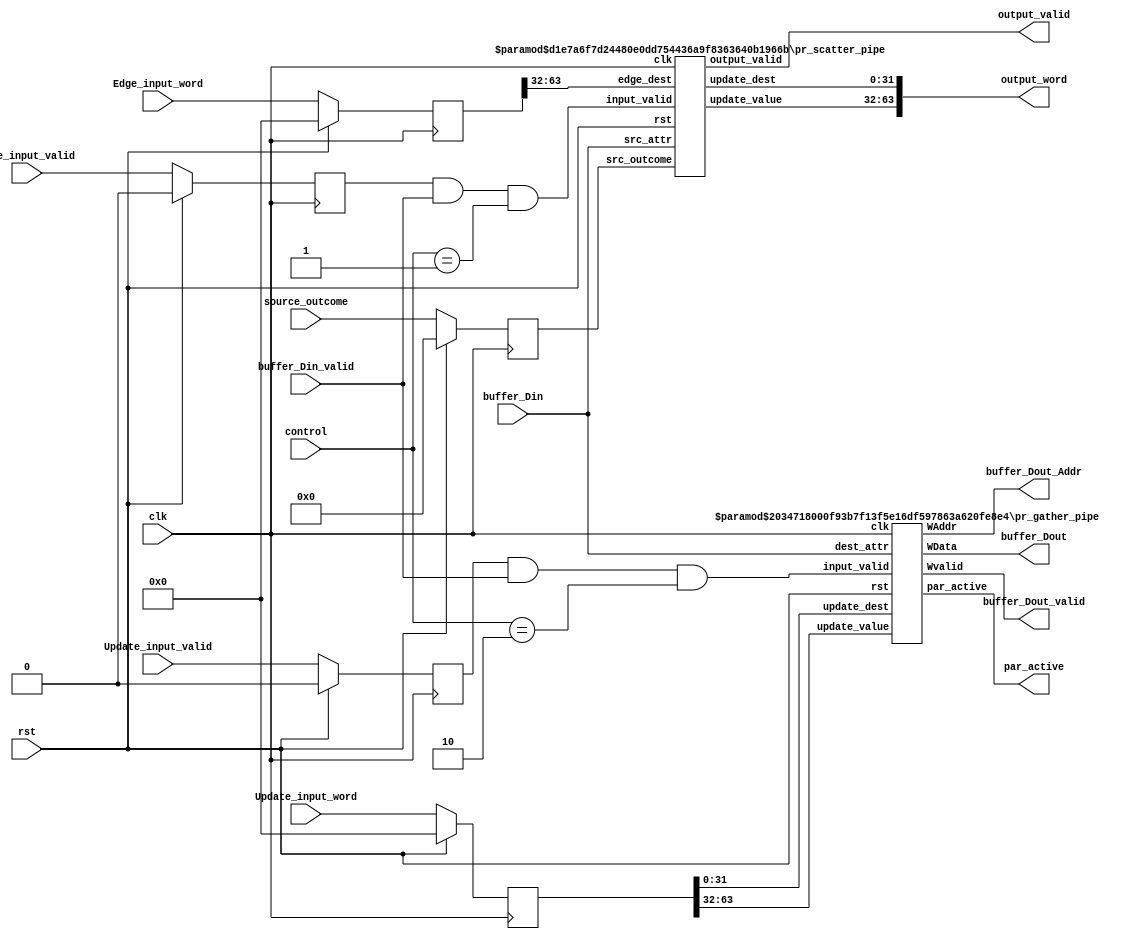
`timescale 1ns / 1ps
//////////////////////////////////////////////////////////////////////////////////
// Company: 
// Engineer: 
// 
// Design Name: 
// Module Name: PR_pipeline
// Project Name: 
// Target Devices: 
// Tool Versions: 
// Description: 
// 
// Dependencies: 
// 
// Revision:
// Revision 0.01 - File Created
// Additional Comments:
// 
//////////////////////////////////////////////////////////////////////////////////

module pr_PP # (
    parameter PIPE_DEPTH = 5,
    parameter URAM_DATA_W = 32,
    parameter PAR_SIZE_W = 10,
    parameter EDGE_W = 64
)(
    input wire                      clk,
    input wire                      rst,     
    input wire [1:0]                control,

    input wire [URAM_DATA_W-1:0]    buffer_Din,
    input wire                      buffer_Din_valid, 
      
    input wire [64-1:0]             Update_input_word,
    input wire [0:0]                Update_input_valid,
     
    input wire [31:0]               source_outcome,
    input wire [EDGE_W-1:0]         Edge_input_word,
    input wire [0:0]                Edge_input_valid,
    
    output wire [URAM_DATA_W-1:0]   buffer_Dout,
    output wire [PAR_SIZE_W-1:0]    buffer_Dout_Addr,
    output wire                     buffer_Dout_valid, 
       
    output wire [63:0]              output_word,    
    output wire [0:0]               output_valid,
    output wire [0:0]               par_active  
);
    reg [31:0]  Vertex_source_outcome;
    reg [EDGE_W-1:0] Edge_input_word_reg;
    reg [0:0]  Edge_input_valid_reg; 
    
    reg [64-1:0] Update_input_word_reg;
    reg [0:0]  Update_input_valid_reg; 
    
     always @(posedge clk) begin
        if (rst) begin
            Edge_input_word_reg <= 0;
            Edge_input_valid_reg <= 0;
            Update_input_word_reg <= 0;
            Update_input_valid_reg <= 0;
            Vertex_source_outcome <= 0;
        end  else begin
            Edge_input_word_reg <= Edge_input_word;
            Edge_input_valid_reg <= Edge_input_valid;
            Update_input_word_reg <= Update_input_word;
            Update_input_valid_reg <= Update_input_valid;
            Vertex_source_outcome <= source_outcome;
        end
      end
       
    pr_scatter_pipe # (.PIPE_DEPTH (PIPE_DEPTH), .URAM_DATA_W(URAM_DATA_W))
    scatter_unit (
        .clk(clk),
        .rst(rst),
        .src_attr(buffer_Din),
        .edge_dest(Edge_input_word_reg[63:32]),
        .src_outcome(Vertex_source_outcome),
        .input_valid(Edge_input_valid_reg && buffer_Din_valid && control==1),    
        .update_value(output_word[63:32]),
        .update_dest(output_word[31:0]),    
        .output_valid(output_valid)
    );

    pr_gather_pipe # (.PIPE_DEPTH (PIPE_DEPTH), .PAR_SIZE_W(PAR_SIZE_W), .URAM_DATA_W(URAM_DATA_W))
    gather_unit (
        .clk(clk),
        .rst(rst),
        .update_value(Update_input_word_reg[63:32]),
        .update_dest(Update_input_word_reg[31:0]),
        .dest_attr(buffer_Din),
        .input_valid(Update_input_valid_reg && buffer_Din_valid && control==2),    
        .WData(buffer_Dout),
        .WAddr(buffer_Dout_Addr),    
        .Wvalid(buffer_Dout_valid),
        .par_active(par_active)
    );
    
endmodule

module pr_gather_pipe # (
    parameter PIPE_DEPTH = 3,
    parameter PAR_SIZE_W = 18,
    parameter URAM_DATA_W = 32
)(
    input wire                      clk,
    input wire                      rst,        
    input wire [31:0]               update_value,
    input wire [31:0]               update_dest,
    
    input wire [URAM_DATA_W-1:0]    dest_attr,
    input wire [0:0]                input_valid,
        
    output wire [URAM_DATA_W-1:0]   WData,
    output wire [PAR_SIZE_W-1:0]    WAddr,    
    output wire [0:0]               Wvalid,
    output wire [0:0]               par_active  
);

    reg [0:0] valid_reg [PIPE_DEPTH-1:0];
    reg [31:0] dest_reg [PIPE_DEPTH-1:0];    
    assign WAddr = dest_reg[PIPE_DEPTH-1][PAR_SIZE_W-1:0];
    assign par_active = 1'b1;
    assign Wvalid = valid_reg[PIPE_DEPTH-1];    
       	
    integer i;
    always @(posedge clk) begin
        if (rst) begin
            for(i=0; i<PIPE_DEPTH; i=i+1) begin
                dest_reg[i] <= 0;
				valid_reg [i]<= 0;
            end
        end	else begin
            for(i=1; i<PIPE_DEPTH; i=i+1) begin
               dest_reg[i] <= dest_reg[i-1];
			   valid_reg[i] <= valid_reg[i-1];
            end
            dest_reg [0] <=  update_dest;            
			valid_reg[0] <= input_valid;
        end
    end    
    
    /*fp_add adder(              
        .aclk(clk),
        .s_axis_a_tvalid(input_valid),        
        .s_axis_a_tdata(update_value),
        .s_axis_b_tvalid(input_valid),
        .s_axis_b_tdata(dest_attr[31:0]),
        .m_axis_result_tvalid (Wvalid),
        //.m_axis_result_tready(1'b1),      
        .m_axis_result_tdata(WData[31:0])              
    );*/
    add add(
	.clk(clk),
	.a(update_value),
	.b(dest_attr),
	.q(WData),
	.areset(rst),
	.en(input_valid)
	);
    
	
endmodule
module pr_scatter_pipe # (
    parameter PIPE_DEPTH = 3,
    parameter URAM_DATA_W = 32
)(
    input wire                      clk,
    input wire                      rst,    
    
    input wire [URAM_DATA_W-1:0]    src_attr,
    input wire [31:0]               edge_dest,
    input wire [31:0]               src_outcome, //the outgoing edges of the src vertex
    input wire [0:0]                input_valid,
        
    output wire [31:0]              update_value,
    output wire [31:0]              update_dest,    
    output wire [0:0]               output_valid  
);
    reg [31:0] dest_reg [PIPE_DEPTH-1:0];
    reg [0:0]   Valid_out   [PIPE_DEPTH-1:0];    
    assign update_dest = dest_reg[PIPE_DEPTH-1];
    assign output_valid = Valid_out[PIPE_DEPTH-1];
    integer i;
    always @(posedge clk) begin
        if (rst) begin
            for(i=0; i<PIPE_DEPTH; i=i+1) begin
                dest_reg[i] <= 0;
                Valid_out[i] <= 0;
            end
        end	else begin
            for(i=1; i<PIPE_DEPTH; i=i+1) begin
               dest_reg[i] <= dest_reg[i-1];
               Valid_out[i] <= Valid_out[i-1];
            end
            dest_reg [0] <=  edge_dest;
            Valid_out[0] <=   input_valid;          
        end
    end
    
    /*fp_mul multiplier(              
        .aclk(clk),
        .s_axis_a_tvalid(input_valid),        
        .s_axis_a_tdata(src_attr[31:0]),
        .s_axis_b_tvalid(input_valid),
        .s_axis_b_tdata(src_attr[63:32]),
        .m_axis_result_tvalid (output_valid),      
        .m_axis_result_tdata(update_value)
                      
    );*/
    mult mult(
	.clk(clk),
	.a(src_outcome),
	.b(src_attr),
	.q(update_value),
	.areset(rst),
	.en(input_valid));
    
endmodule

module mult(
	input wire clk,
	input wire [31 : 0] a,
	input wire [31 : 0] b,
	input wire areset,
	input wire en,
	output reg [31 : 0] q

);
	always @(posedge clk)begin
		if (areset)begin
		  q <= 0;
		end
		else begin
			if (en)begin
			  q <= a * b;
			end
		end
	end
endmodule
module add(
	input wire clk,
	input wire [31 : 0] a,
	input wire [31 : 0] b,
	input wire areset,
	input wire en,
	output reg [31 : 0] q

);
	always @(posedge clk)begin
		if (areset)begin
		  q <= 0;
		end
		else begin
			if (en)begin
			  q <= a + b;
			end
		end
	end
endmodule